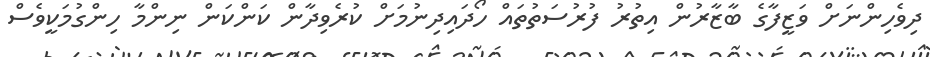
ދިވެހިންނަށް ވަޒީފާގެ ބާޒާރުން އިތުރު ފުރުސަތުތައް ހޯދައިދިނުމަށް ކުރެވިދާން ކަންކަން ނިންމާ ހިންގުމަކީވެސް